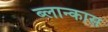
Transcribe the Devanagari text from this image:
ब्लान्कास